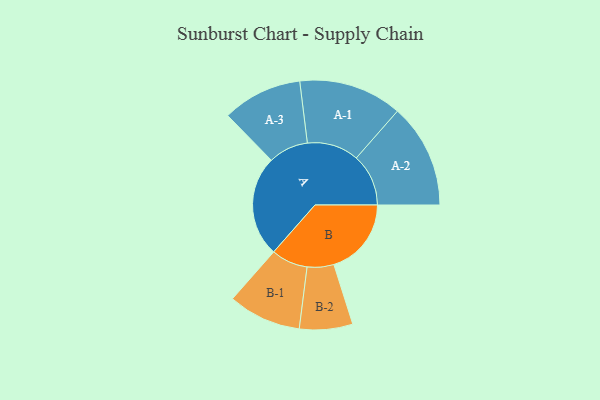
{"axis": {"x": "Segment", "y": "Value"}, "legend": ["", "A", "B"], "data": [{"x": "A", "y": 478, "type": ""}, {"x": "B", "y": 367, "type": ""}, {"x": "A-1", "y": 245, "type": "A"}, {"x": "A-2", "y": 247, "type": "A"}, {"x": "A-3", "y": 189, "type": "A"}, {"x": "B-1", "y": 173, "type": "B"}, {"x": "B-2", "y": 126, "type": "B"}]}